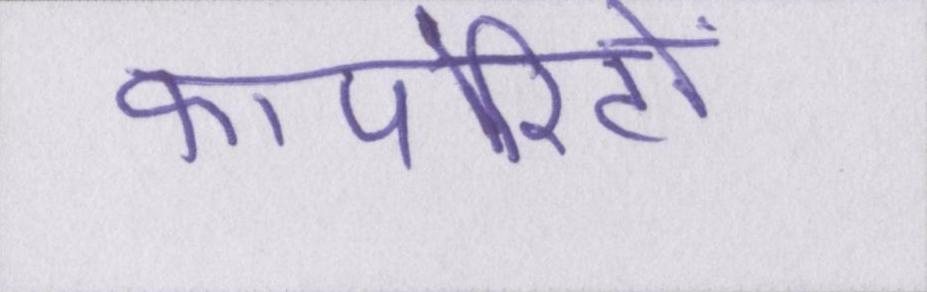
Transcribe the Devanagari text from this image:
कार्पोरेटों